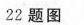
22题图